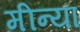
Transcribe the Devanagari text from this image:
मीन्या